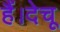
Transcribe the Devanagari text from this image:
हैं।देचू